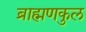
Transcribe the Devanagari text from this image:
ब्राह्मणकुल